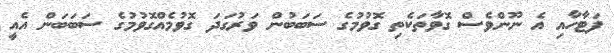
ފަޓާހާއި އެ ނޫންވެސް ގޮވާތަކެތި ގޮވުމުގެ ސަބަބުން ވަރުގަދަ ގޮވުމެއްގޮވުމުގެ ސަބަބަން އެއީ